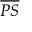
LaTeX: \overline { { P S } }